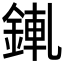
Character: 錷